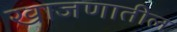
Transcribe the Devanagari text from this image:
खाजणातील